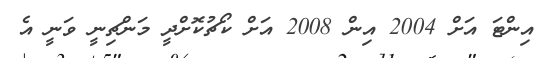
އިންޓަ އަށް 2004 އިން 2008 އަށް ކޯޗުކޮށްދީ މަންޗިނީ ވަނީ އެ